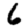
Digit: 6